Report of the Indian Hemp Drugs Commission, 1894-1895 - Volume I
Year: 1894
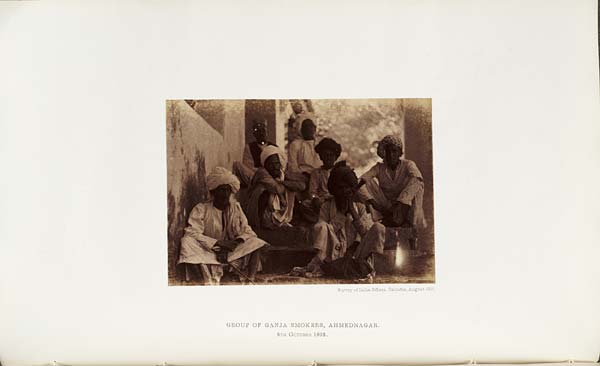
Survey of India Offices, Calcutta, August 1894.
GROUP OF GANJA SMOKERS, AHMEDNAGAR.
5TH OCTOBER 1893.